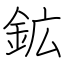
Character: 鉱